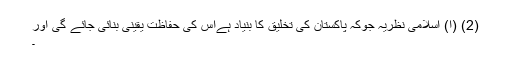
(2) (ا) اسلامی نظریہ جوکہ پاکستان کی تخلیق کا بنیاد ہےاس کی حفاظت یقینی بنائی جائے گی اور
۔